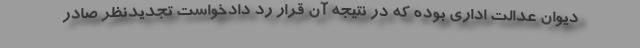
دیوان عدالت اداری بوده که در نتیجه آن قرار رد دادخواست تجدیدنظر صادر